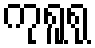
ကုရူရု